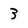
Character: 3